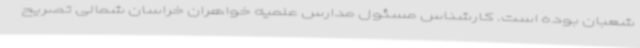
شعبان بوده است. کارشناس مسئول مدارس علمیه خواهران خراسان شمالی تصریح